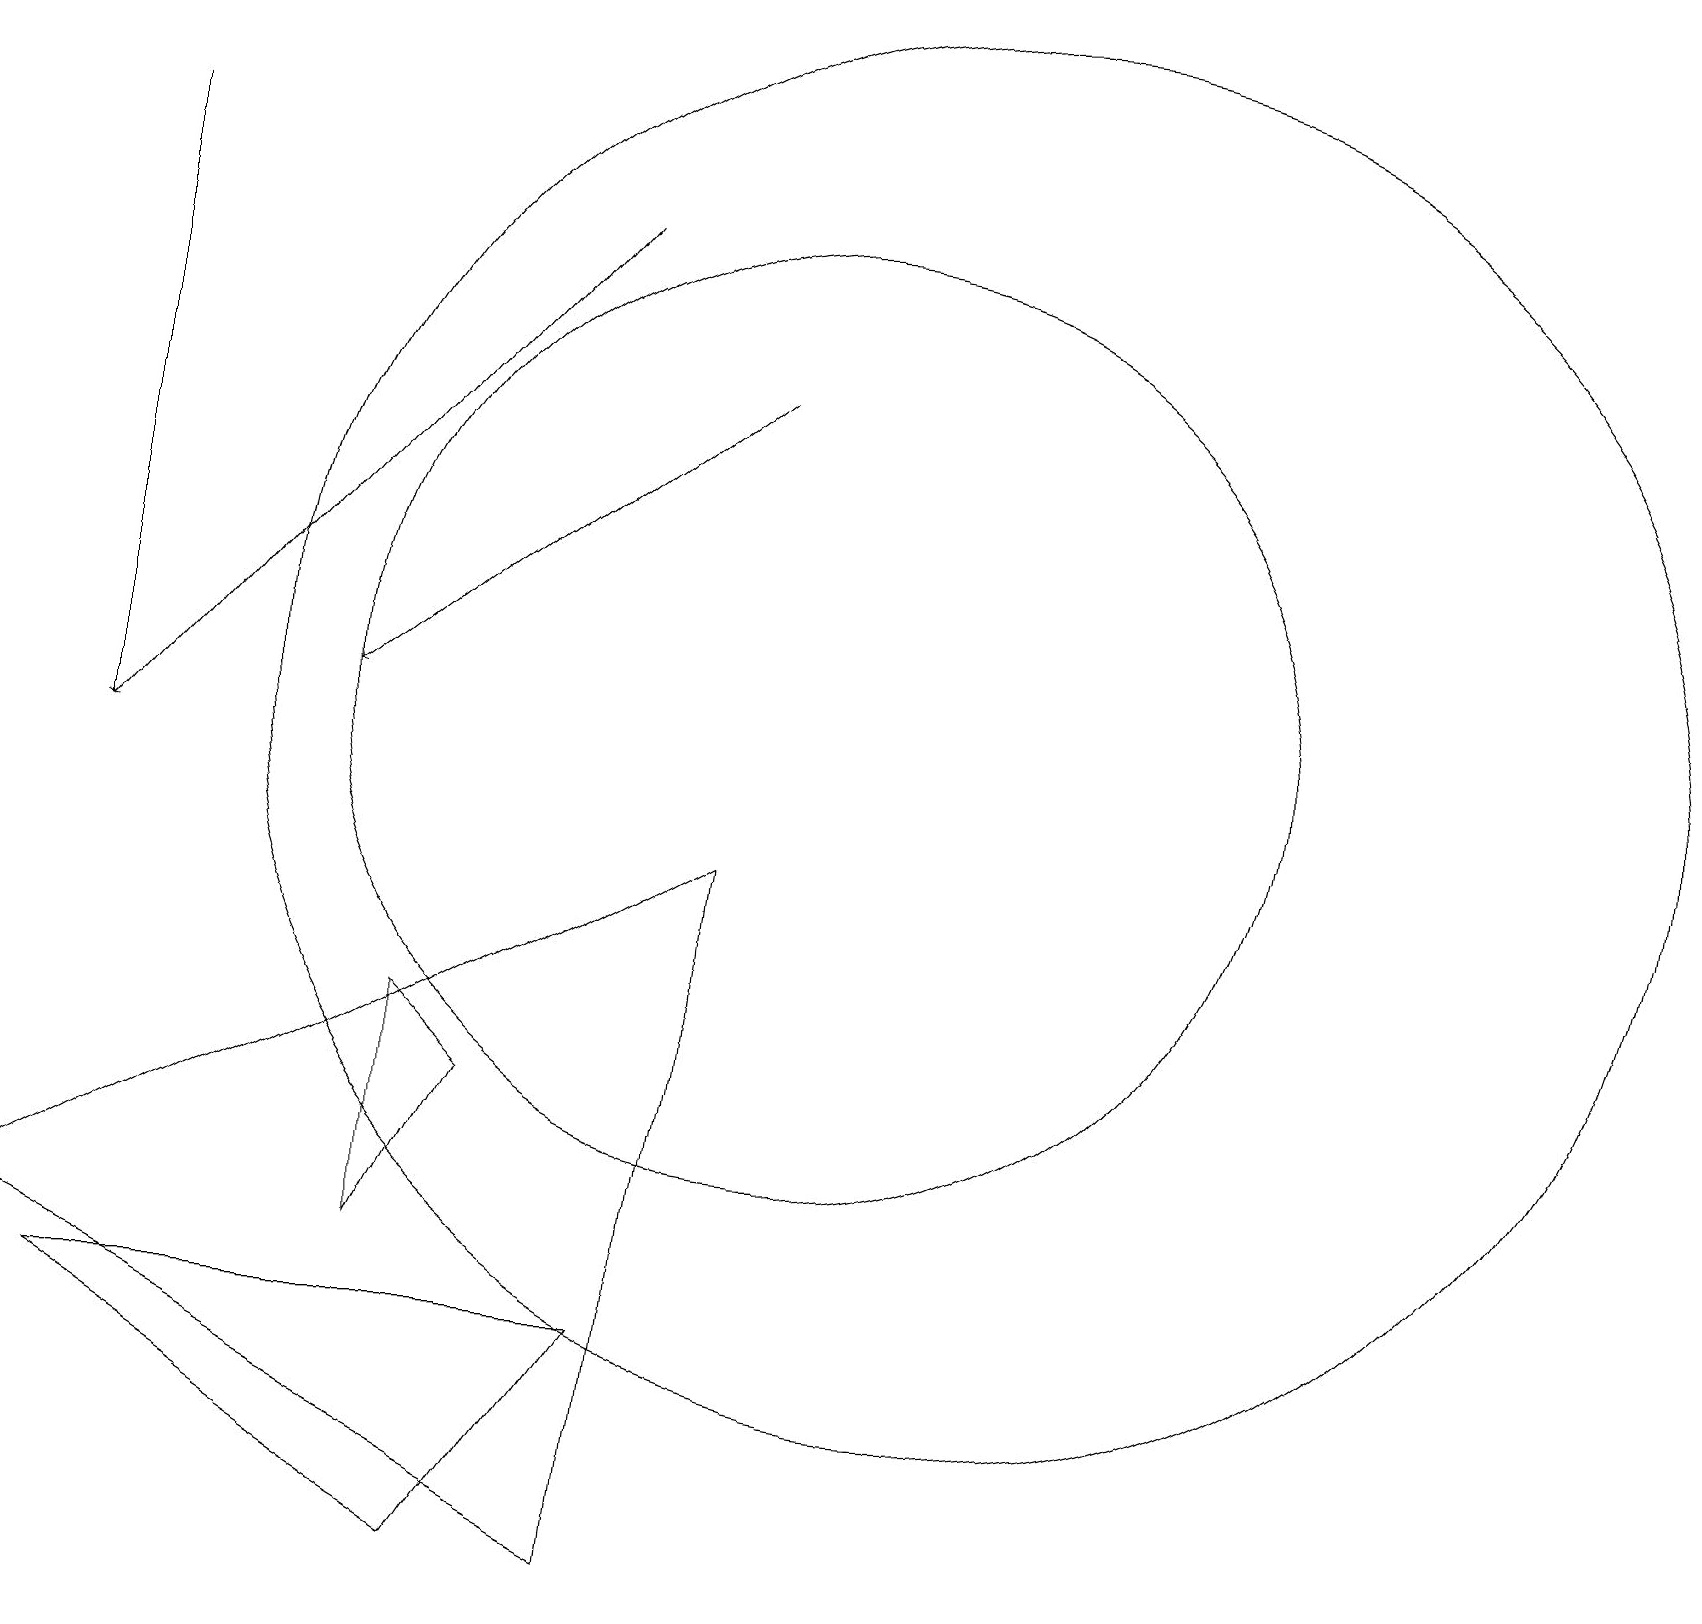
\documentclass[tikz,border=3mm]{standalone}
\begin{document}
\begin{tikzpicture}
\draw (1,3) -- (6,0) -- (8,3) -- cycle;
\draw[->] (1,18) -- (1,10);
\draw[->] (9,15) -- (4,11);
\draw (12,11) circle (9);
\draw (10,11) circle (6);
\draw (5,4) -- (6,6) -- (5,7) -- cycle;
\draw[->] (7,17) -- (1,10);
\draw (8,0) -- (0,4) -- (9,9) -- cycle;
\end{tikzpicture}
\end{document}